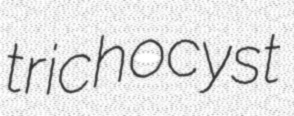
trichocyst